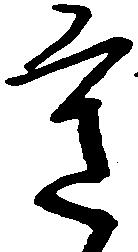
意